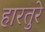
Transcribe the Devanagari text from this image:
हारतुरे